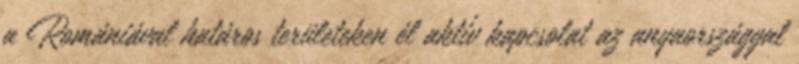
a Romániával határos területeken él aktív kapcsolat az anyaországgal